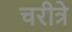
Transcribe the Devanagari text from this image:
चरीत्रे